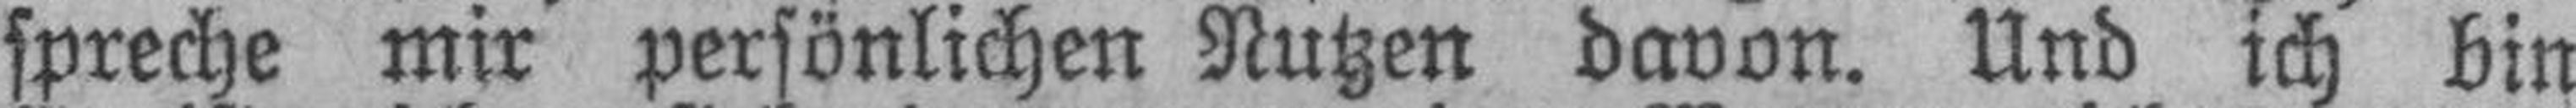
spreche mir persönlichen Nutzen davon. Und ich bin